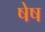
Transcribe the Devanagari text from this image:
षेष